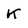
Character: K